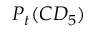
P _ { t } ( C D _ { 5 } )